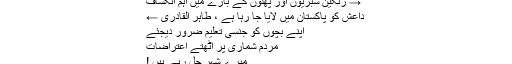
→ رنگین سبزیوں اور پھلوں کے بارے میں اہم انکشاف
داعش کو پاکستان میں لایا جا رہا ہے ، طاہر القادری ←
اپنے بچوں کو جنسی تعلیم ضرور دیجئے
مردم شماری پر اُٹھتے اعتراضات
میرے شہر جل رہے ہیں !